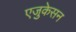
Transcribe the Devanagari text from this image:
एजुकेसन